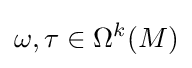
\omega ,\tau \in \Omega ^{k}(M)